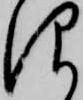
仰